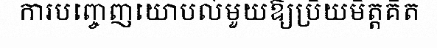
ការបញ្ចេញយោបល់មួយឱ្យប្រិយមិត្តគិត